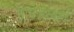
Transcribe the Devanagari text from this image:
साधनास्थाने